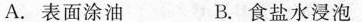
A.表面涂油 B.食盐水浸泡